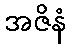
အဇိနံ